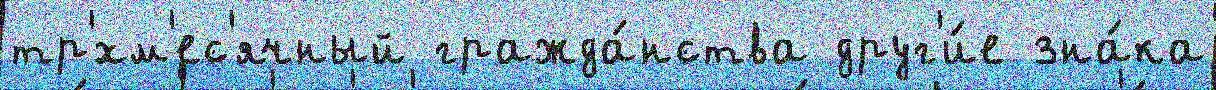
тр'́хм'ес'ячный гражда́нства друг'и́е зна́ка